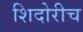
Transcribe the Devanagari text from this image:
शिदोरीच